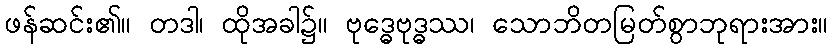
ဖန်ဆင်း၏။ တဒါ၊ ထိုအခါ၌။ ဗုဒ္ဓေဗုဒ္ဓဿ၊ သောဘိတမြတ်စွာဘုရားအား။